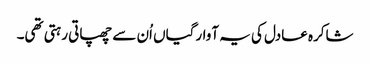
شاکرہ عادل کی یہ آوارگیاں اُن سے چھپاتی رہتی تھی۔